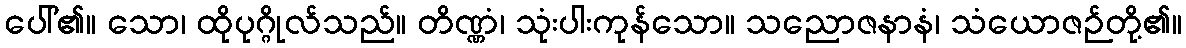
ပေါ်၏။ သော၊ ထိုပုဂ္ဂိုလ်သည်။ တိဏ္ဏံ၊ သုံးပါးကုန်သော။ သညောဇနာနံ၊ သံယောဇဉ်တို့၏။